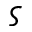
\varsigma